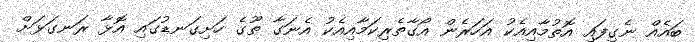
ބައެއް ނެގިފައި އޮތުމާއިއެކު އަހަރެން އޯގާތެރިކަމާއިއެކު އެނަގާ ތޫގެ ހަށިގަނޑުގައި އޮޅާ ރަނގަޅަށް